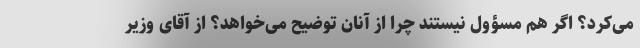
می‌کرد؟ اگر هم مسؤول نیستند چرا از آنان توضیح می‌خواهد؟ از آقای وزیر